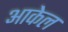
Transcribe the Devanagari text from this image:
आकेल